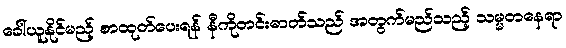
ခေါ်ယူနိုင်မည့် စာထုတ်ပေးရန် နီကိုတင်းဓာတ်သည် အတွက်မည်သည့် သမ္မတနေရာ